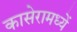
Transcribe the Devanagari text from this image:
कासेरामध्यें